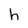
Character: h